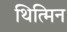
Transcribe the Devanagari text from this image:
थित्मिन